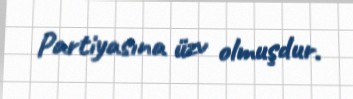
Partiyasına üzv olmuşdur.